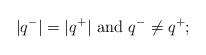
LaTeX: \begin{align*}\vert q^- \vert = \vert q^+ \vert \mbox{ and } q^- \neq q^+;\end{align*}